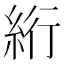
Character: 絎